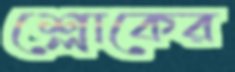
শ্লোকের